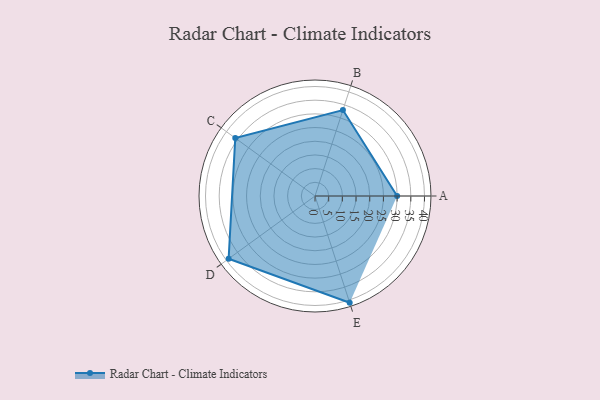
{"axis": {"x": "Skill", "y": "Score"}, "legend": ["Profile"], "data": [{"x": "A", "y": 30.0, "type": "Profile"}, {"x": "B", "y": 33.0, "type": "Profile"}, {"x": "C", "y": 36.0, "type": "Profile"}, {"x": "D", "y": 39.0, "type": "Profile"}, {"x": "E", "y": 41.0, "type": "Profile"}]}